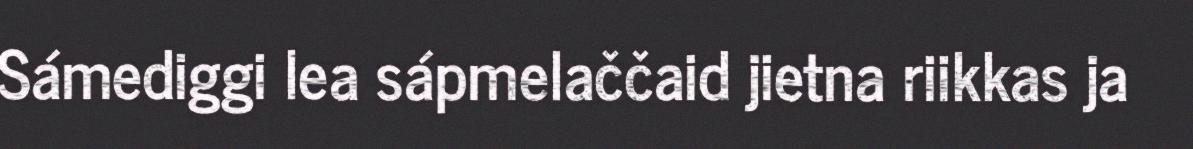
Sámediggi lea sápmelaččaid jietna riikkas ja